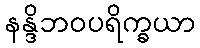
နန္ဒိဘဝပရိက္ခယာ